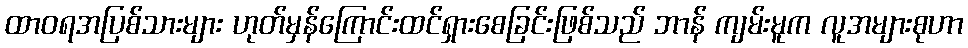
ထာဝရအပြစ်သားများ ဟုတ်မှန်ကြောင်းထင်ရှားစေခြင်းဖြစ်သည် ဘာန် ကျမ်းမူက လူအများစုဟာ